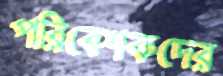
পরিবেশকদের